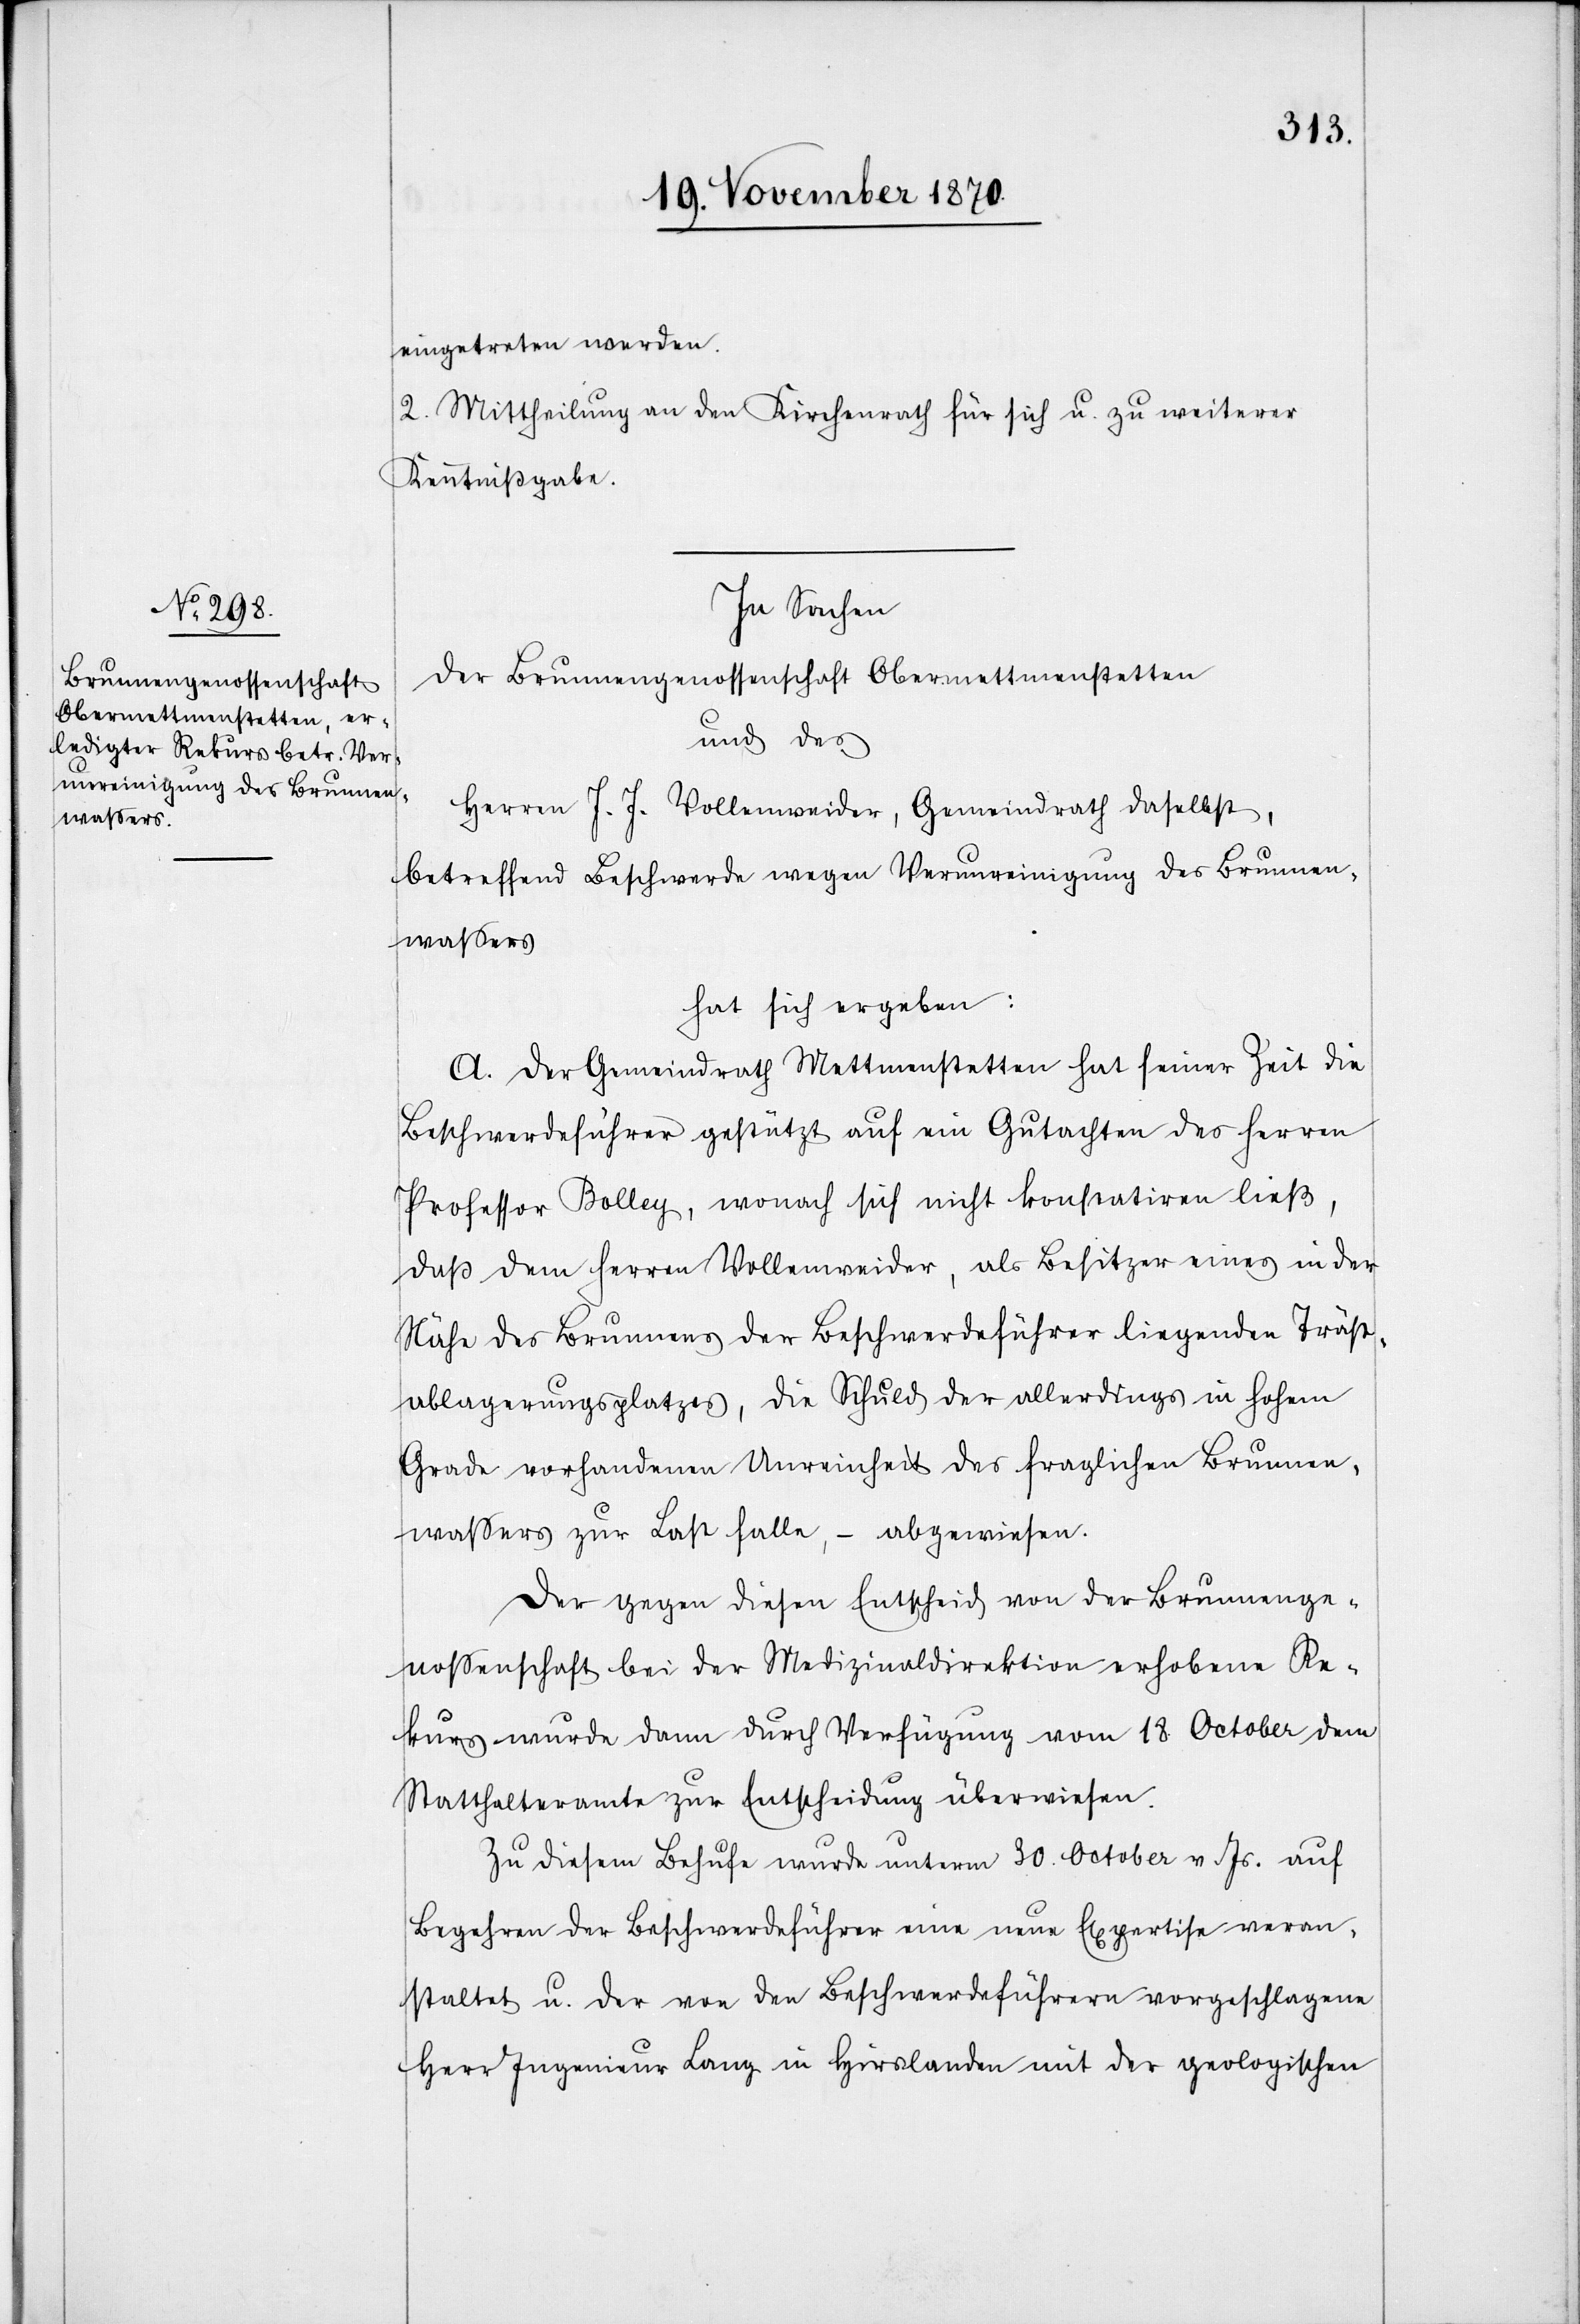
eingetreten werden.
2. Mittheilung an den Kirchenrath für sich u. zu weiterer
Kenntnißgabe.
In Sachen
der Brunnengenossenschaft Obermettmenstetten
und des
Herren J. J. Vollenweider, Gemeindrath daselbst,
betreffend Beschwerde wegen Verunreinigung des Brunnen¬
waßers
hat sich ergeben:
A. Der Gemeindrath Mettmenstetten hat seiner Zeit die
Beschwerdeführer gestützt auf ein Gutachten des Herren
Professor Bollag, wonach sich nicht konstatitren ließ,
daß dem Herren Vollenweider, als Besitzer eines in der
Nähe des Brunnens der Beschwerdeführer liegenden Träst¬
ablagerungsplatzes, die Schuld der allerdings in hohem
Grade vorhandenen Unreinheit des fraglichen Brunnen¬
waßers zur Last falle, – abgewiesen.
Der gegen diesen Entscheid von der Brunnenge¬
noßenschaft bei der Medizinaldirektion erhobene Re¬
kurs wurde dann durch Verfügung vom 18. October dem
Statthalteramte zur Entscheidung überwiesen.
Zu diesem Behufe wurde unterm 30. October v. Js. auf
Begehren der Beschwerdeführer eine neue Expertise veran¬
staltet u. der von den Beschwerdeführern vorgeschlagene
Herr Ingenieur Lang in Hirslanden mit der geologischen